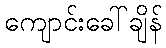
ကျောင်းခေါ်ချိန်